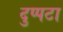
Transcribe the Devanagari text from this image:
दुप्पटा